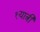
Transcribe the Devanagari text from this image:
१यात्री